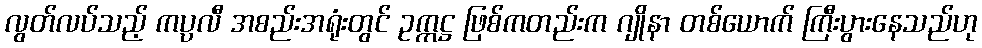
လွတ်လပ်သည့် ကပ္ပလီ အစည်းအရုံးတွင် ဥက္ကဋ္ဌ ဖြစ်ကတည်းက ဂျိုနာ တစ်ယောက် ကြီးပွားနေသည်ဟု